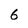
Character: 6